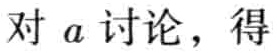
对 \(a\) 讨论，得